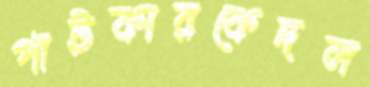
পাটকারকেদল